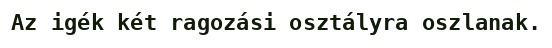
Az igék két ragozási osztályra oszlanak.